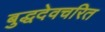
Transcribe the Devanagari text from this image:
बुद्धदेवचरित